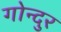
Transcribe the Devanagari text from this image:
गोन्दुर